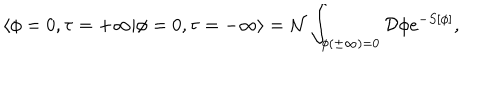
\langle \phi = 0 , \tau = + \infty | \phi = 0 , \tau = - \infty \rangle = { \cal N } \int _ { \phi ( \pm \infty ) = 0 } { \cal D } \phi e ^ { - S [ \phi ] } ,